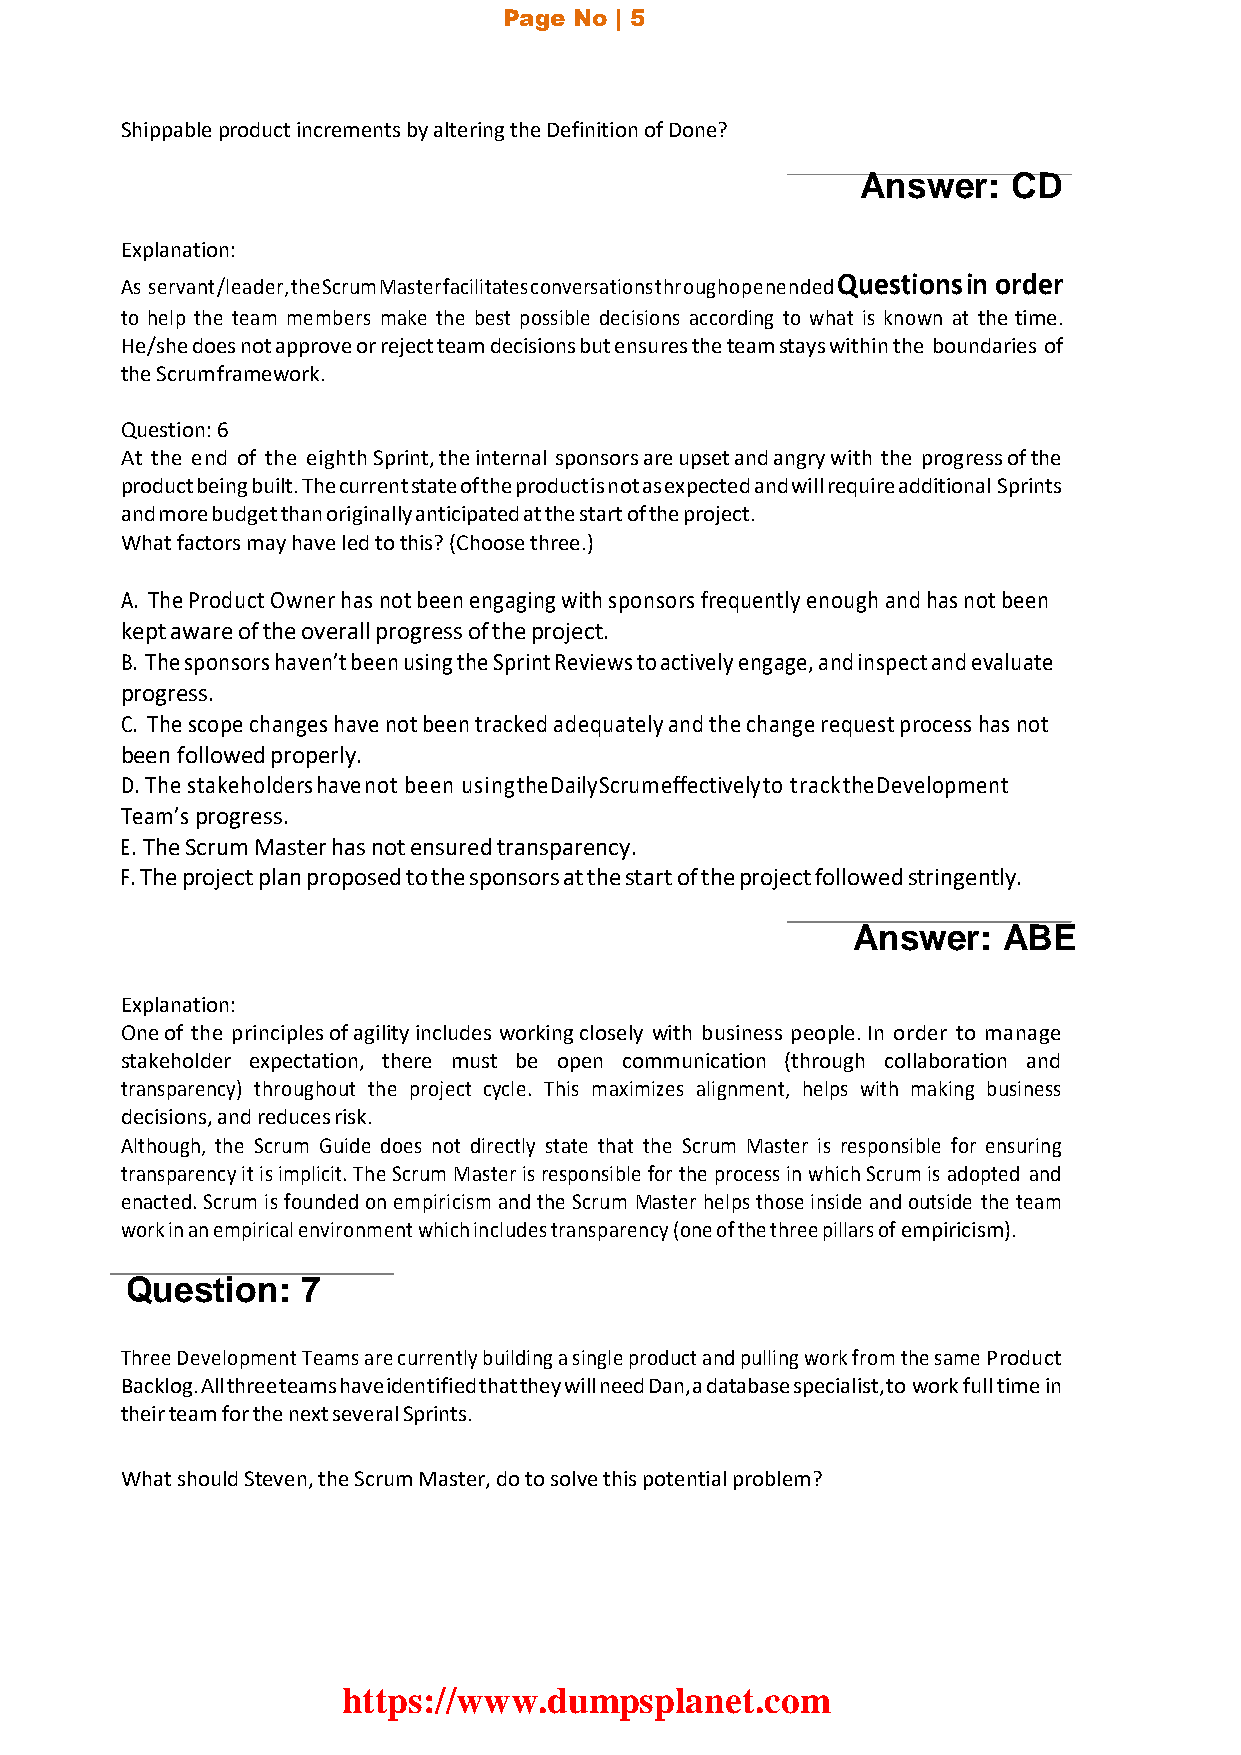
Page No | 5
 Shippable product increments by altering the Definition of Done?
 Answer:   CD
 Explanation:
 Questions in order
 As servant/leader, the Scrum Master facilitates conversations throughopenended
 to help the team members make the best possible decisions according to what is known at the time.
 He/she does not approve or reject team decisions but ensures the team stays within the boundaries of
 the Scrum framework.
 Question: 6
 At the end of the eighth Sprint, the internal sponsors are upset and angry with the progress of the
 product being built. The current state of the product is not as expected and will require additional Sprints
 and more budget than originally anticipated at the start of the project.
 What factors may have led to this? (Choose three.)
 A. The Product Owner has not been engaging with sponsors frequently enough and has not been
 kept aware of the overall progress of the project.
 B. The sponsors haven’t been using the Sprint Reviews to actively engage, and inspect and evaluate
 progress.
 C. The scope changes have not been tracked adequately and the change request process has not
 been followed properly.
 D. The stakeholders have not been using the Daily Scrum effectively to track the Development
 Team’s progress.
 E. The Scrum Master has not ensured transparency.
 F. The project plan proposed to the sponsors at the start of the project followed stringently.
 Answer:   ABE
 Explanation:
 One of the principles of agility includes working closely with business people. In order to manage
 stakeholder expectation, there must be open communication (through collaboration and
 transparency) throughout the project cycle. This maximizes alignment, helps with making business
 decisions, and reduces risk.
 Although, the Scrum Guide does not directly state that the Scrum Master is responsible for ensuring
 transparency it is implicit. The Scrum Master is responsible for the process in which Scrum is adopted and
 enacted. Scrum is founded on empiricism and the Scrum Master helps those inside and outside the team
 work in an empirical environment which includes transparency (one of the three pillars of empiricism).
 Question:   7
 Three Development Teams are currently building a single product and pulling work from the same Product
 Backlog. All three teams have identified that they will need Dan, a database specialist, to work full time in
 their team for the next several Sprints.
 What should Steven, the Scrum Master, do to solve this potential problem?
 https://www.dumpsplanet.com